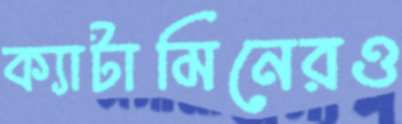
ক্যাটামিনেরও